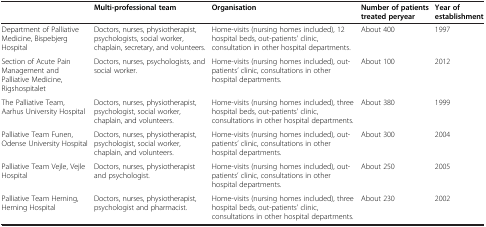
|  | Multi-professional team | Organisation | Number of patients treated peryear | Year of establishment |
 | --- | --- | --- | --- | --- |
 | Department of Palliative Medicine, Bispebjerg Hospital | Doctors, nurses, physiotherapist, psychologists, social worker, chaplain, secretary, and volunteers. | Home-visits (nursing homes included), 12 hospital beds, out-patients’ clinic, consultation in other hospital departments. | About 400 | 1997 |
 | Section of Acute Pain Management and Palliative Medicine, Rigshospitalet | Doctors, nurses, psychologists, and social worker. | Home-visits (nursing homes included), out-patients’ clinic, consultations in other hospital departments. | About 100 | 2012 |
 | The Palliative Team, Aarhus University Hospital | Doctors, nurses, physiotherapist, psychologist, social worker, chaplain, and volunteers. | Home-visits (nursing homes included), three hospital beds, out-patients’ clinic, consultations in other hospital departments. | About 380 | 1999 |
 | Palliative Team Funen, Odense University Hospital | Doctors, nurses, physiotherapist, psychologist, social worker, chaplain, and volunteers. | Home-visits (nursing homes included), out-patients’ clinic, consultations in other hospital departments. | About 300 | 2004 |
 | Palliative Team Vejle, Vejle Hospital | Doctors, nurses, physiotherapist and psychologist. | Home-visits (nursing homes included), out-patients’ clinic, consultations in other hospital departments. | About 250 | 2005 |
 | Palliative Team Herning, Herning Hospital | Doctors, nurses, physiotherapist, psychologist and pharmacist. | Home-visits (nursing homes included), three hospital beds, out-patients’ clinic, consultations in other hospital departments. | About 230 | 2002 |